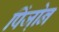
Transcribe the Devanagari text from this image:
पिंजो़न